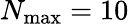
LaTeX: N_{\mathrm{max}}=10